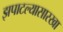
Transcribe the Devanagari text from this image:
झपाटल्यासारखा